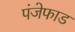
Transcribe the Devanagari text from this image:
पंजेफाड